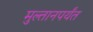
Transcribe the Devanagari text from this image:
मुल्तानपर्यंत